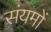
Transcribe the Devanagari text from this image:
संयमों